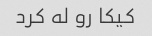
کیکا رو له کرد